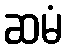
ဆမံ